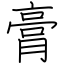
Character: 膏